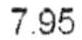
7.95